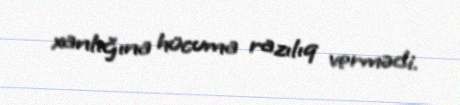
xanlığına hücuma razılıq vermədi.